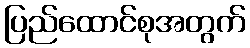
ပြည်ထောင်စုအတွက်